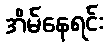
အိမ်နေရင်း